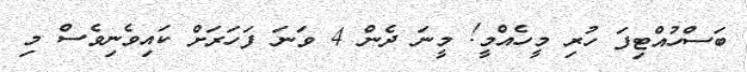
ބަސްހުއްޓިފަ ހުރި މީހެއްމީ! މީނަ ދެން 4 ވަނަ ފަހަރަށް ކައިވެނިވެސް މި